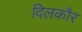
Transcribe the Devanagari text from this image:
दिलकौर